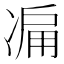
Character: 𠗬